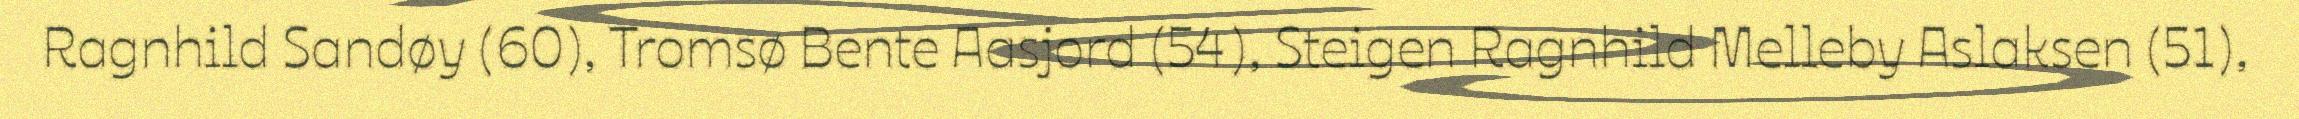
Ragnhild Sandøy (60), Tromsø Bente Aasjord (54), Steigen Ragnhild Melleby Aslaksen (51),